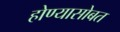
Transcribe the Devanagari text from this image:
होण्यासोबत